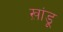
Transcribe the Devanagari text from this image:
ख़ांडू